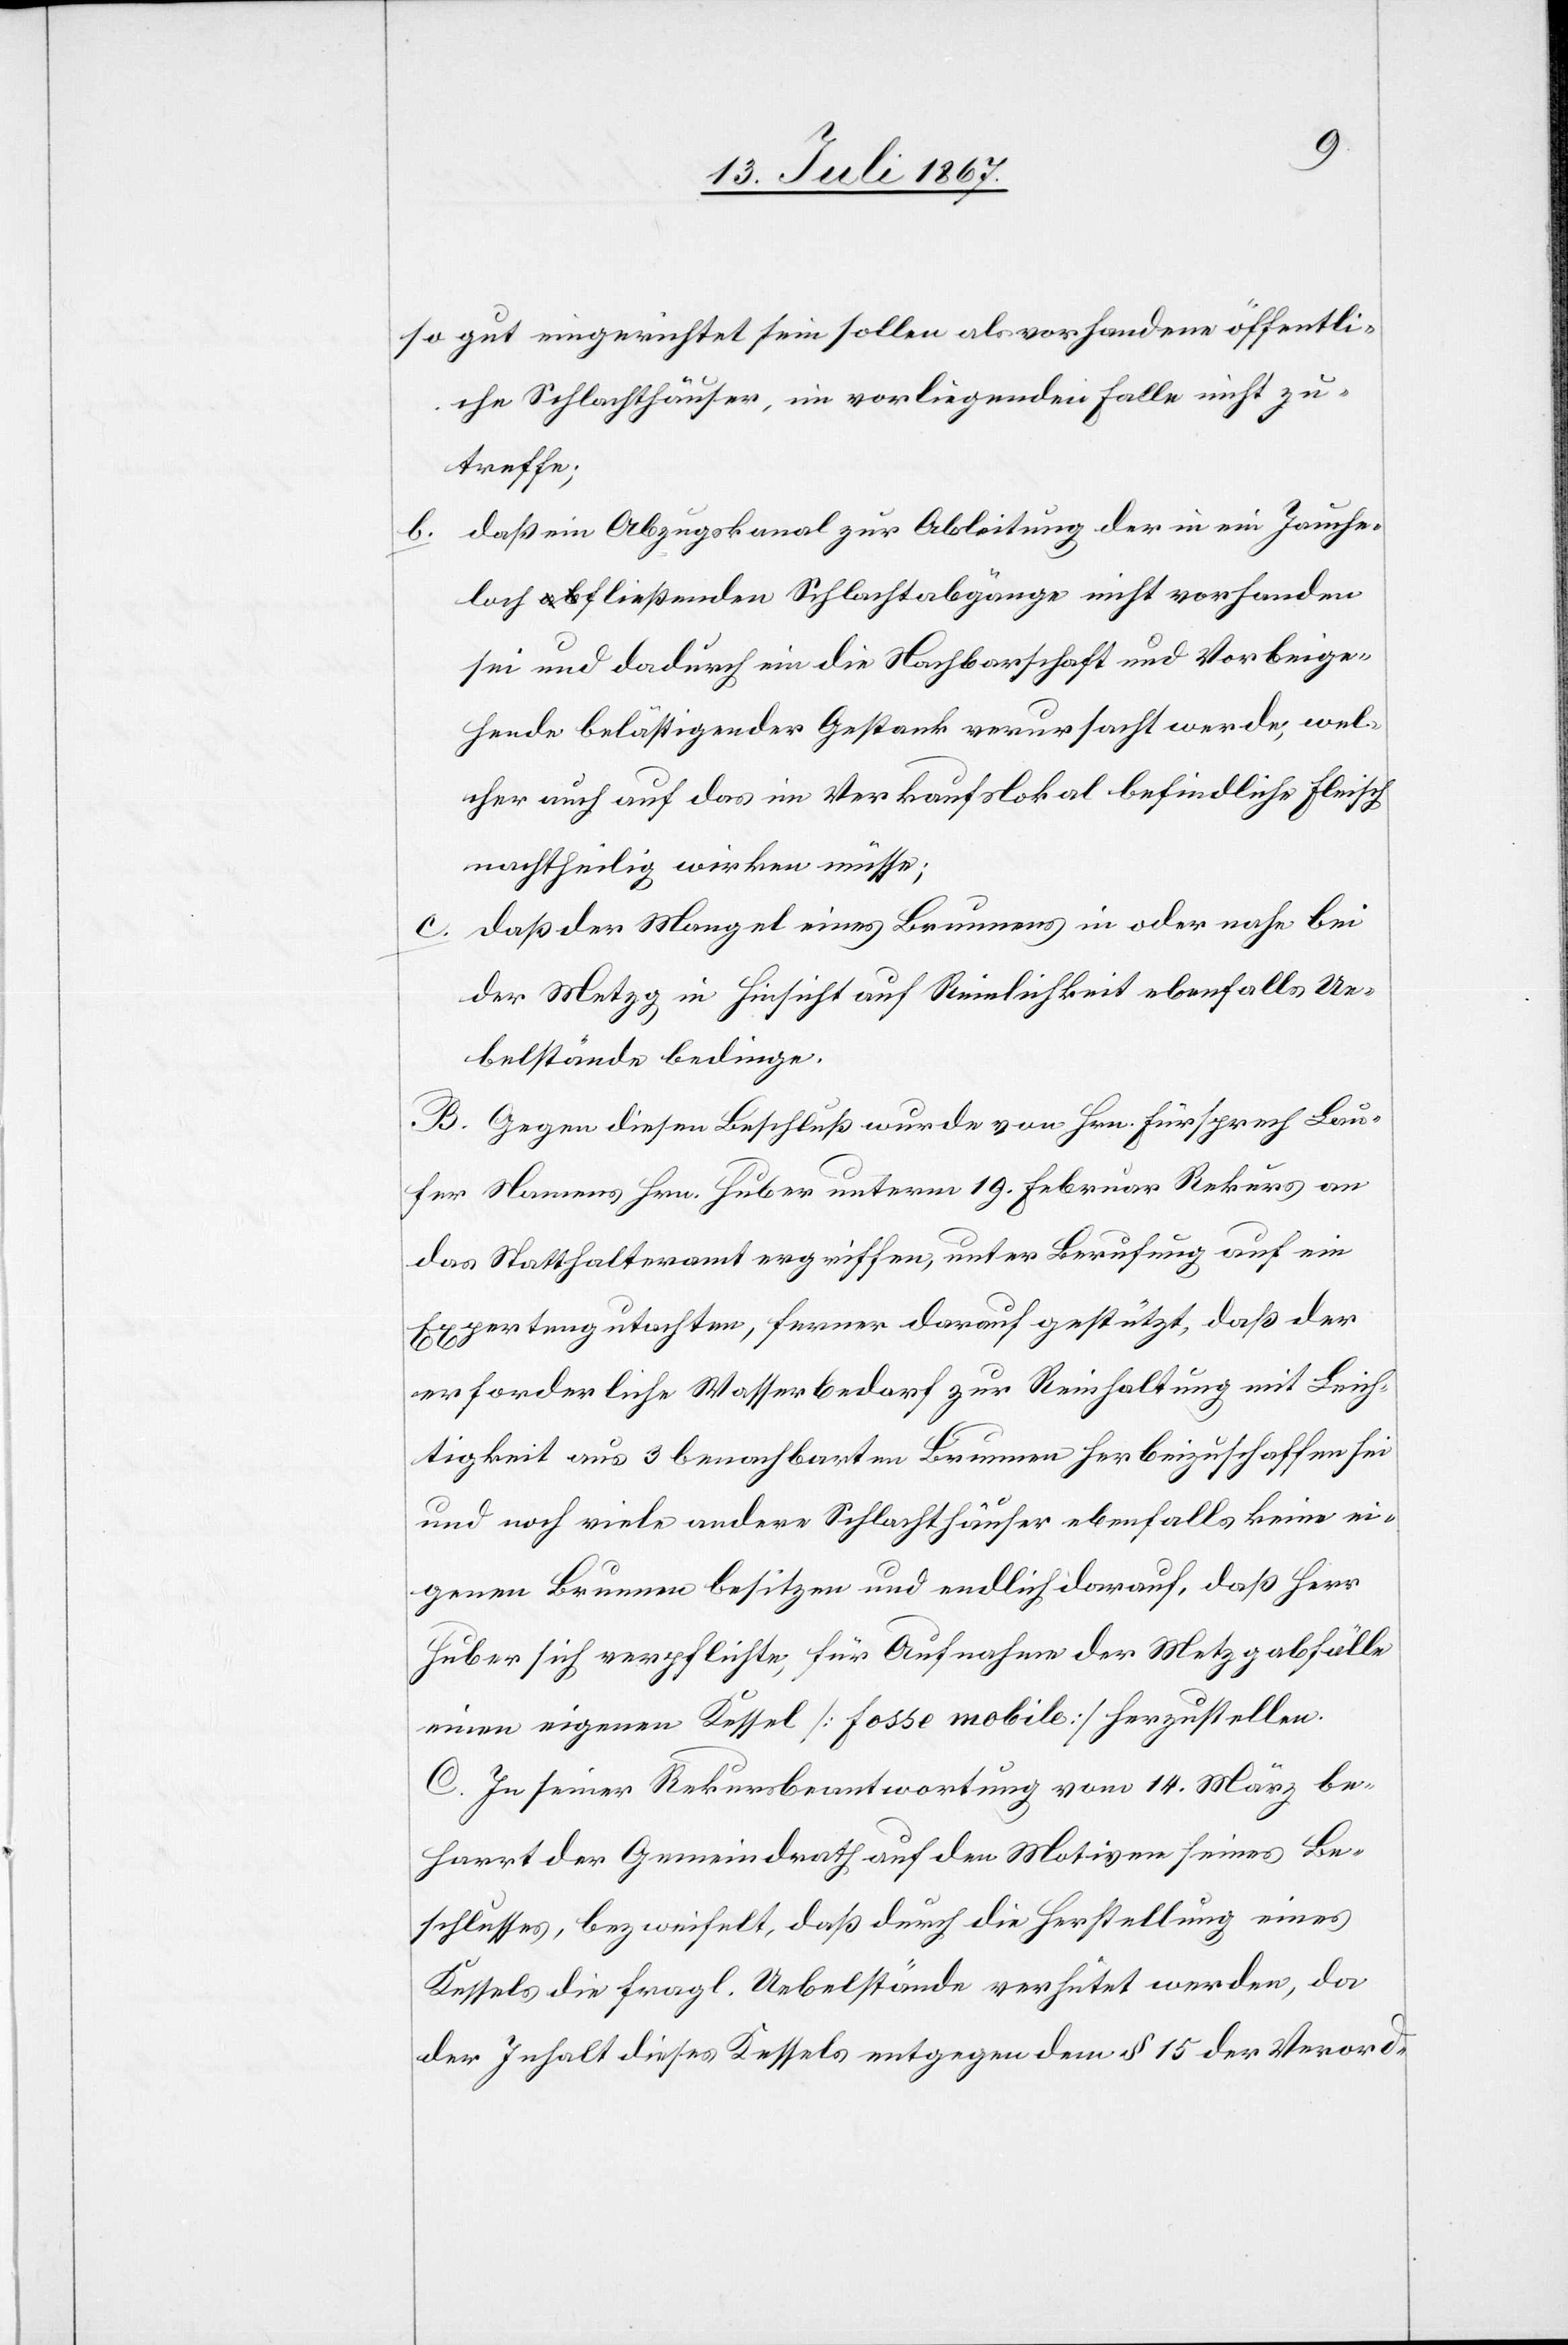
so gut eingerichtet sein sollen als vorhandene öffentli¬
che Schlachthäuser, im vorliegenden Falle nicht zu¬
treffe;
b. daß ein Abzugskanal zur Ableitung der in ein Jauche¬
loch fließenden Schlachtabgänge nicht vorhanden
sei und dadurch ein die Nachbarschaft und Vorbeige¬
hende belästigender Gestank verursacht werde, wel¬
che auch auf das im Verkaufslokal befindliche Fleisch
nachtheilig wirken müsse;
daß der Mangel eines Brunnens in oder nahe bei
der Metzg in Hinsicht auf Reinlichkeit ebenfalls Ue¬
belstände bedinge.
B. Gegen diesen Beschluß wurde von Hrn. Fürsprech Lau¬
fer Namens Hrn. Huber unterm 19. Februar Rekurs an
das Statthalteramt ergriffen, unter Berufung auf ein
Expertengutachten, ferner darauf gestützt, daß der
erforderliche Wasserbedarf zur Reinhaltung mit Leich¬
tigkeit aus 3 benachbarten Brunnen herbeizuschaffen sei
und noch viele andere Schlachthäuser ebenfalls keine ei¬
genen Brunnen besitzen und endlich darauf, daß Herr
Huber sich verpflichte, für Aufnahme der Metzgabfälle
einen eigenen Kessel [fosse mobile] herzustellen.
C. In seiner Rekursbeantwortung vom 14. März be¬
harrt der Gemeindrath auf den Motiven seines Be¬
schlusses, bezweifelt, daß durch Herstellung eines
Kessels die fragl. Uebelstände verhütet werden, da
der Inhalt dieses Kessels entgegen dem § 15 der Verord-